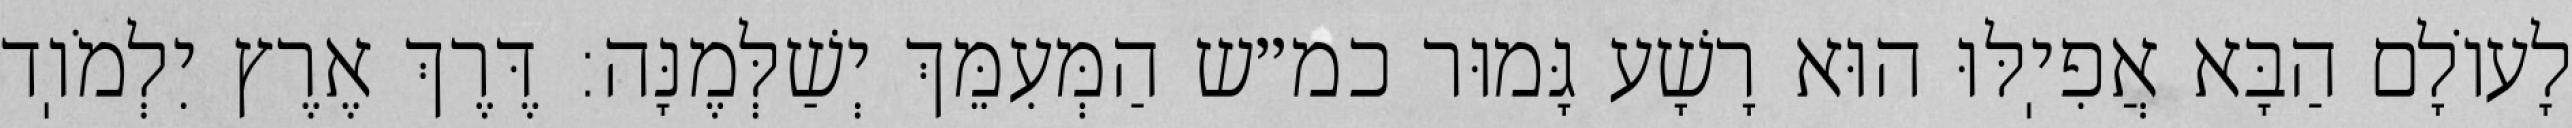
לָעוֹלָם הַבָּא אֲפִיֽלּוּ הוּא רָשָׁע גָּמוּר כמ״ש הַמְּעִמֵּךְ יְשַׁלְּמֶנָּה: דֶּרֶךְ אֶרֶץ יִלְמֹוֽד